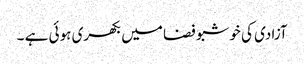
آزادی کی خوشبو فضا میں بکھری ہوئی ہے ۔